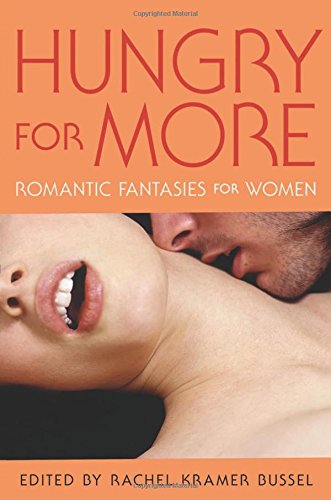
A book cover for Hungry for More: Romantic Fantasies for Women; Romance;